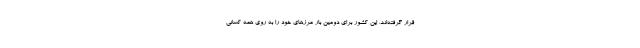
قرار گرفته‌اند، این کشور برای دومین بار مرزهای خود را به روی همه کسانی